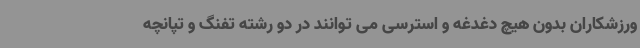
ورزشکاران بدون هیچ دغدغه و استرسی می توانند در دو رشته تفنگ و تپانچه